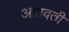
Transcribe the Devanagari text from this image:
अग्नावती